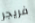
فريجر